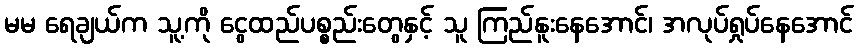
မမ ရေချယ်က သူ့ကို ငွေထည်ပစ္စည်းတွေနှင့် သူ ကြည်နူးနေအောင်၊ အလုပ်ရှုပ်နေအောင်